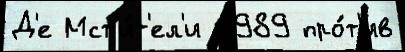
Д'е Мст'и́т'ел'и 1989 про́т'ив